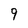
Character: 9